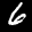
Label: 6